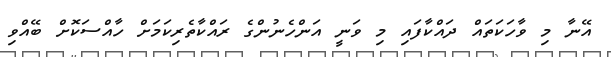
އޭނާ މި ވާހަކަތައް ދައްކާފައި މި ވަނީ އަންހެނުންގެ ރައްކާތެރިކަމަށް ހާއްސަކޮށް ބޭއްވި